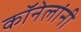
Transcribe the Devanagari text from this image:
कॉनेलांनी